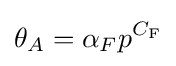
\theta _{A}=\alpha _{F}p^{C_{\text{F}}}